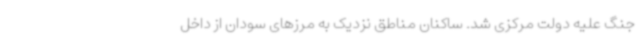
جنگ علیه دولت مرکزی شد. ساکنان مناطق نزدیک به مرزهای سودان از داخل